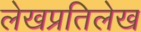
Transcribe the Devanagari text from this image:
लेखप्रतिलेख